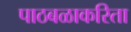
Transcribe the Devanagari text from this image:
पाठबळाकरिता